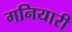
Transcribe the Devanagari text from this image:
गनियारी